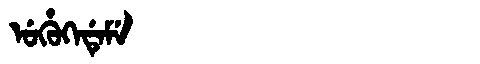
Manchu: ᡠᡥᡠᡴᡝᡩᡝᠮᡝ
Romanization: UHUKEDEME